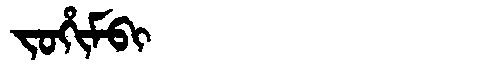
Manchu: ᠵᠣᡥᡳᠮᠪᡳ
Romanization: JOHIMBI